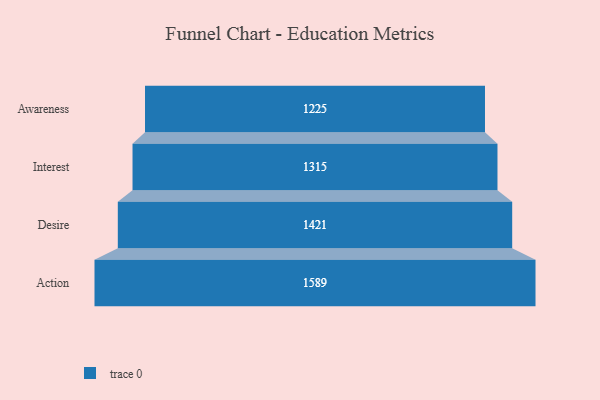
{"axis": {"x": "Stage", "y": "Value"}, "legend": [""], "data": [{"x": "Awareness", "y": 1225.0, "type": ""}, {"x": "Interest", "y": 1315.0, "type": ""}, {"x": "Desire", "y": 1421.0, "type": ""}, {"x": "Action", "y": 1589.0, "type": ""}]}